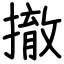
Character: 撤